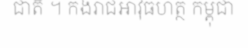
ជាតិ ។ កងរាជអាវុធហត្ថ កម្ពុជា